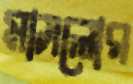
মাসলোর